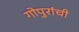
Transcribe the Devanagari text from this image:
गोपुरांची